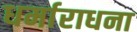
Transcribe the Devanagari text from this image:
धर्माराधना